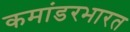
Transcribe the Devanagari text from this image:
कमांडरभारत